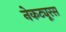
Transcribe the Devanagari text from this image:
नेकट्यूरस